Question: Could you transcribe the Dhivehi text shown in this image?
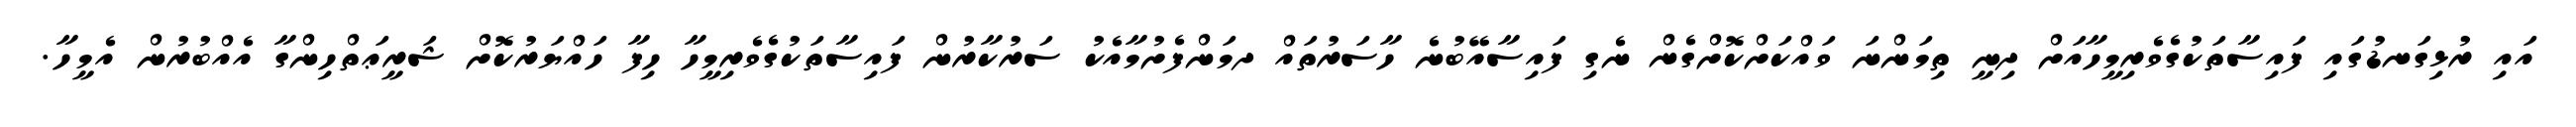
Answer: އައި ރުޅިގަނޑުގައި ފައިސާތަކުގެވެރިމީހާއަށް ދިނީ ތިމަންނަ ވައްކަށްކޮށްގެން ނެގި ފައިސާއޭބުނެ ހާސަރުތައް ދމަންފެށުމާއެކު ސަރުކާރުން ފައިސާތަކުގެވެރިމީހާ ހިފާ ހައްޔަރުކޮށް ޝަރީޢަތްހިންގާ އެއްބުރުން އެމީހާ.